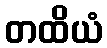
တထိယံ